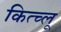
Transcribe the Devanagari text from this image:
कित्च्लू